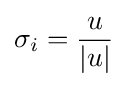
\sigma _{i}={\frac {u}{|u|}}